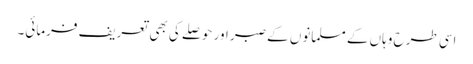
اسی طرح وہاں کے مسلمانوں کے صبر اور حوصلے کی بھی تعریف فرمائی۔